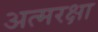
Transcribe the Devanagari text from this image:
अत्मरक्षा